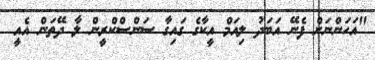
"އަހަންނަށް ފެނޭ އަބަދު ލިއަމް އީކާގެ ގައިގާ ސަންސްކްރީން ލާ ދޭތަން އެއީ